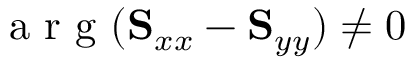
\mathrm { ~ a ~ r ~ g ~ } ( \mathbf { S } _ { x x } - \mathbf { S } _ { y y } ) \neq 0